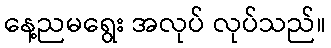
နေ့ညမရွေး အလုပ် လုပ်သည်။